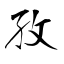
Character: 孜